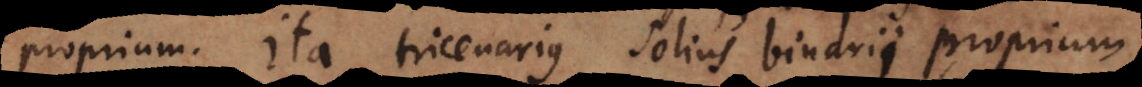
proprium. Ita tricenarius solius binarii proprium